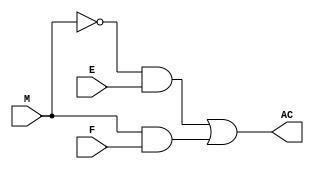
// This program was cloned from: https://github.com/regales/cpre281
// License: Apache License 2.0

module multiplexer (E, F, M, AC);

input E;
input F;
input M;
output AC;


assign AC=(((~M)&E)|(M&F));

endmodule